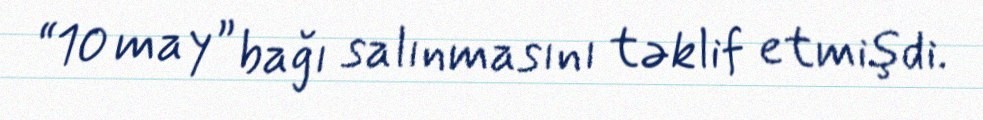
“10 may” bağı salınmasını təklif etmişdi.